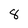
Character: 8